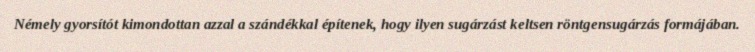
Némely gyorsítót kimondottan azzal a szándékkal építenek, hogy ilyen sugárzást keltsen röntgensugárzás formájában.